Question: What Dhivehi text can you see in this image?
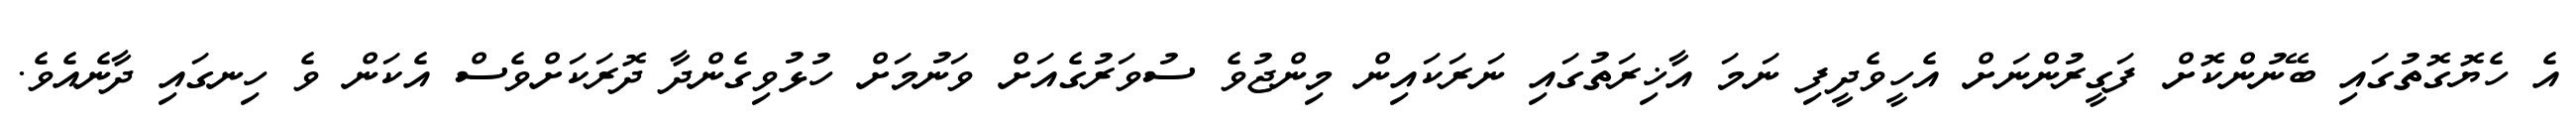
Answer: އެ ހެޔޮގޮތުގައި ބޭނުންކޮށް ފަގީރުންނަށް އެހީވެދީފި ނަމަ އާޚިރަތުގައި ނަރަކައިން މިންޖުވެ ސުވަރުގެއަށް ވަނުމަށް ހުޅުވިގެންދާ ދޮރަކަށްވެސް އެކަން ވެ ހިނގައި ދާނެއެވެ.